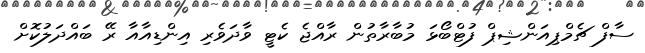
ސާފް ޗެމްޕިއަންޝިޕް ފުޓްބޯޅަ މުބާރާތުން ރާއްޖެ ކެޓީ ވާދަވެރި އިންޑިއާއާ ރޭ ބައްދަލުކޮށް